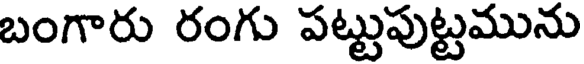
బంగారు రంగు పట్టుపుట్టమును